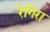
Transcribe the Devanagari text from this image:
रेगिरा